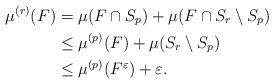
LaTeX: \begin{align*}\mu^{(r)}(F) &= \mu(F\cap S_{p}) + \mu(F\cap S_{r}\setminus S_{p}) \\&\leq \mu^{(p)}(F) + \mu(S_{r}\setminus S_{p}) \\&\leq \mu^{(p)}(F^\varepsilon) + \varepsilon.\end{align*}